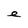
Character: e